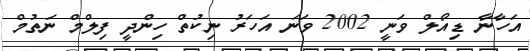
އަހާނާ ޑިއޯލް ވަނީ 2002 ވަނަ އަހަރު ނިކުތް ހިންދީ ފިލްމް ނަތުމް